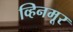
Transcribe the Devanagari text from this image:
व्हिनमूर